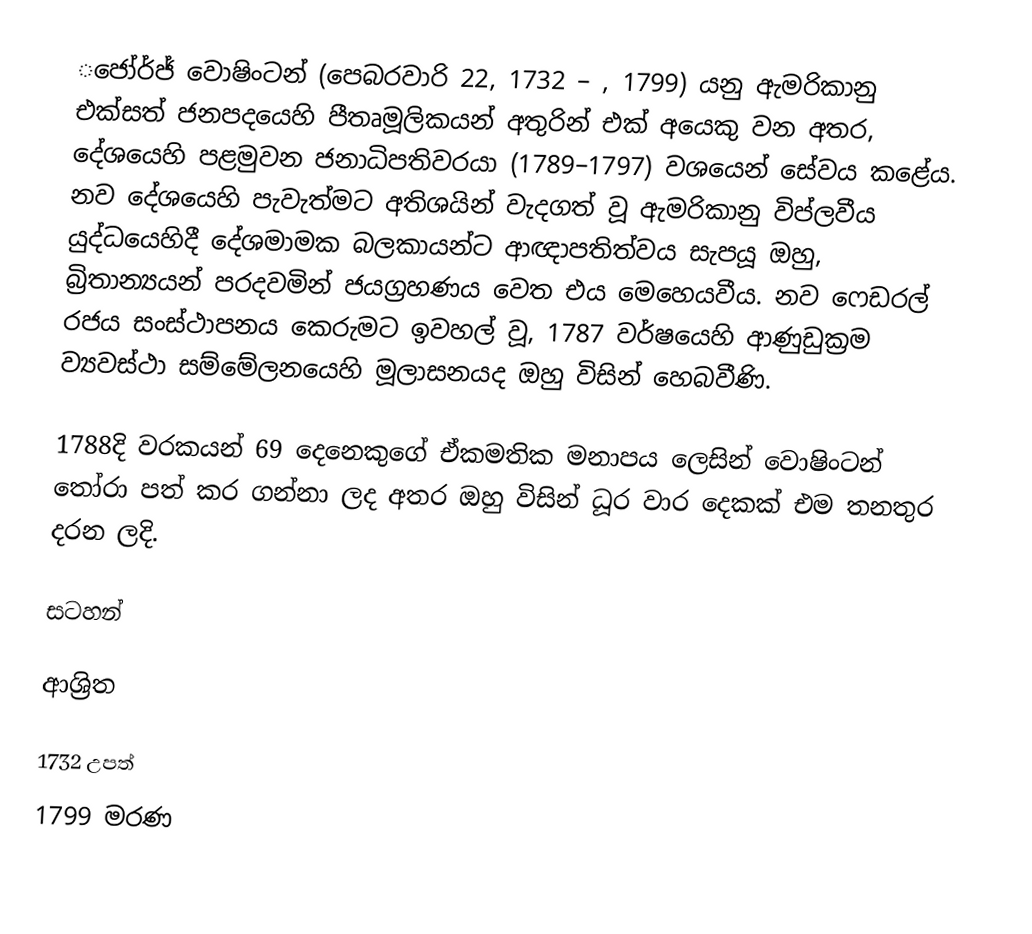
‍‌ජෝර්ජ් වොෂිංටන් (පෙබරවාරි 22, 1732 – , 1799) යනු  ඇමරිකානු එක්සත් ජනපදයෙහි පීතෘමූලිකයන් අතුරින් එක් අයෙකු වන අතර, දේශයෙහි පළමුවන ජනාධිපතිවරයා (1789–1797) වශයෙන් සේවය කළේය.  නව දේශයෙහි පැවැත්මට අතිශයින් වැදගත් වූ ඇමරිකානු විප්ලවීය යුද්ධයෙහිදී දේශමාමක බලකායන්ට ආඥාපතිත්වය සැපයූ ඔහු,  බ්‍රිතාන්‍යයන් පරදවමින් ජයග්‍රහණය වෙත එය මෙහෙයවීය.  නව ෆෙඩරල් රජය සංස්ථාපනය කෙරුමට ඉවහල් වූ,  1787 වර්ෂයෙහි ආණුඩුක්‍රම ව්‍යවස්ථා සම්මේලනයෙහි    මූලාසනයද ඔහු විසින් හෙබවීණි.

1788දි වරකයන් 69 දෙනෙකුගේ ඒකමතික මනාපය ලෙසින් වොෂිංටන් තෝරා පත් කර ගන්නා ලද අතර ඔහු විසින් ධූර වාර දෙකක් එම තනතුර දරන ලදි.

සටහන්

ආශ්‍රිත

1732 උපත්
1799 මරණ